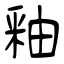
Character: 釉